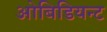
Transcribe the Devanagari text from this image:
ओबिडियन्ट